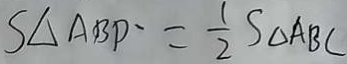
S _ { \Delta A B P } = \frac { 1 } { 2 } S _ { \Delta A B C }